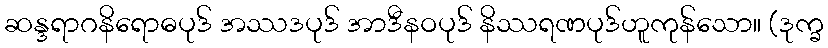
ဆန္ဒရာဂနိရောဓပုဒ် အဿဒပုဒ် အာဒီနဝပုဒ် နိဿရဏပုဒ်ဟူကုန်သော။ (ဒုက္ခ